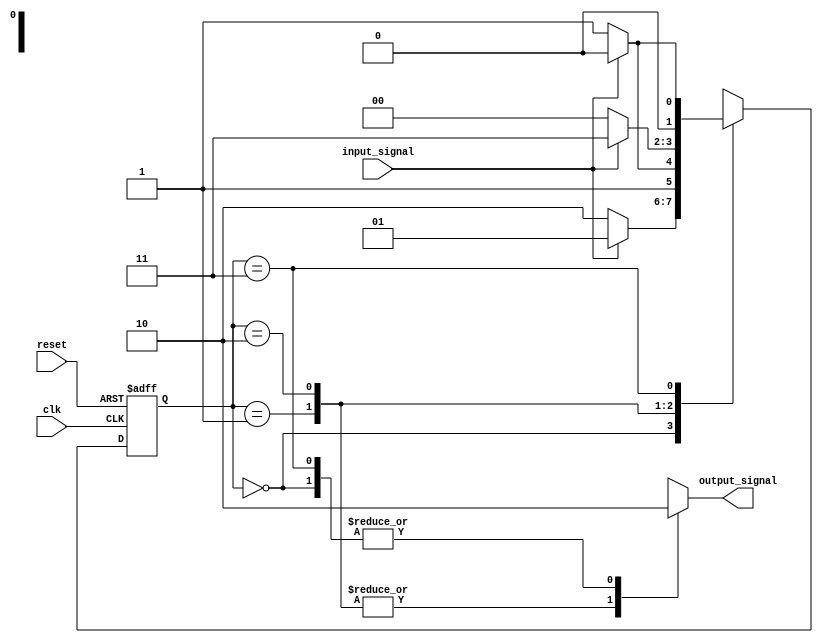
module state_machine (
    input wire clk,
    input wire reset,
    input wire input_signal,
    output reg output_signal
);

// Define state encoding
parameter STATE_A = 2'b00;
parameter STATE_B = 2'b01;
parameter STATE_C = 2'b10;
parameter STATE_D = 2'b11;

// Define state register
reg [1:0] state_reg, next_state;

always @ (posedge clk or posedge reset) begin
    if (reset) begin
        state_reg <= STATE_A;
    end else begin
        state_reg <= next_state;
    end
end

// Define state transitions
always @ (*) begin
    case (state_reg)
        STATE_A: begin
            if (input_signal) begin
                next_state = STATE_B;
            end else begin
                next_state = STATE_C;
            end
        end
        STATE_B: begin
            if (input_signal) begin
                next_state = STATE_C;
            end else begin
                next_state = STATE_D;
            end
        end
        STATE_C: begin
            if (input_signal) begin
                next_state = STATE_D;
            end else begin
                next_state = STATE_A;
            end
        end
        STATE_D: begin
            if (input_signal) begin
                next_state = STATE_A;
            end else begin
                next_state = STATE_B;
            end
        end
    endcase
end

// Define output signal based on current state
always @ (*) begin
    case(state_reg)
        STATE_A: output_signal = 1'b0;
        STATE_B: output_signal = 1'b1;
        STATE_C: output_signal = 1'b1;
        STATE_D: output_signal = 1'b0;
    endcase
end

endmodule